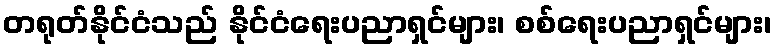
တရုတ်နိုင်ငံသည် နိုင်ငံရေးပညာရှင်များ၊ စစ်ရေးပညာရှင်များ၊